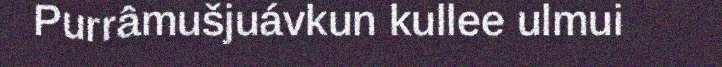
Purrâmušjuávkun kullee ulmui